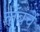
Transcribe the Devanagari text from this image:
लँबचे